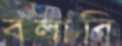
বলাবি